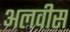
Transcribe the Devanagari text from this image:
अलवीस